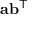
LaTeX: \mathbf { a } \mathbf { b } ^ { \mathsf { T } }